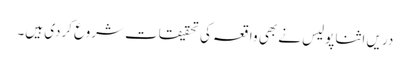
دریں اثنا پولیس نے بھی واقعہ کی تحقیقات شروع کردی ہیں۔